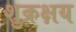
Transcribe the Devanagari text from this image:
शुक्रक्षय